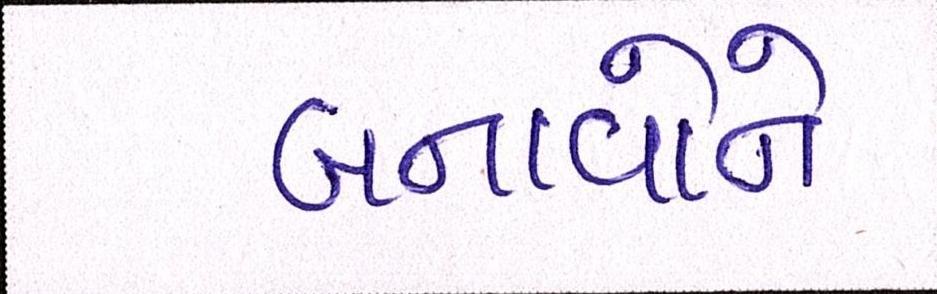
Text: બનાવોને